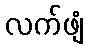
လက်ဖျံ